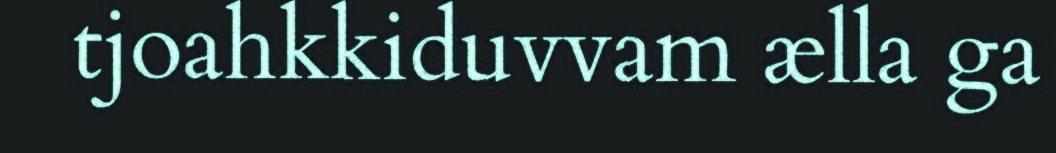
tjoahkkiduvvam ælla ga